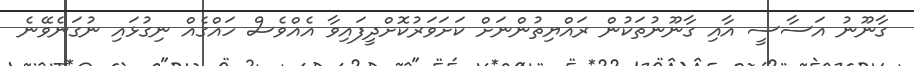
ގާނޫނު އަސާސީ އާއި ގާނޫނުތަކުން ރައްޔިތުންނަށް ކަށަވަރުކޮށްދީފައިވާ އެއްވެސް ހައްގެއް ނިގުޅައި ނުގަނެވޭނެ